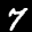
Label: 7